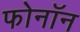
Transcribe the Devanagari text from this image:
फोनॉन